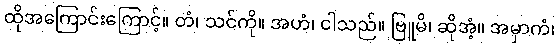
ထိုအကြောင်းကြောင့်။ တံ၊ သင်ကို။ အဟံ၊ ငါသည်။ ဗြူမိ၊ ဆိုအံ့။ အမှာကံ၊